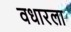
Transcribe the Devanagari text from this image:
वधारला